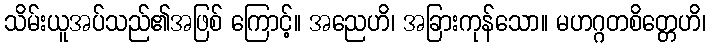
သိမ်းယူအပ်သည်၏အဖြစ် ကြောင့်။ အညေဟိ၊ အခြားကုန်သော။ မဟဂ္ဂတစိတ္တေဟိ၊